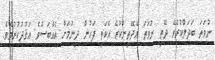
ނުވަތަ ބަދަލްކުރެވޭ ދޭތި ނުވަތަ އެދޭތިންކުރެ އެކަތި ފަހުން ދިނުމަށް އެއްބަސްވެ ޢަޤުދުކުރުމެވެ.